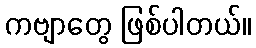
ကဗျာတွေ ဖြစ်ပါတယ်။